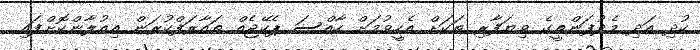
ކުދި އަދި މެދުފަންތީގެ ވިޔަފާރި ތަކަށް އެހީވުމަށް ހާއްސަ ޕެކޭޖެއް ތައާރަފްކުރަން އިއުލާންކޮށްފައި